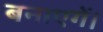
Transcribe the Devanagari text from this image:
बनाएगें।